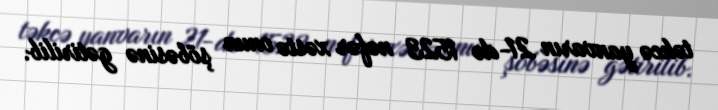
təkcə yanvarın 21-də 1523 nəfər xəstə onun şöbəsinə gətirilib.